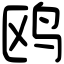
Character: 鸥